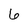
Character: 6